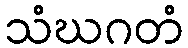
သံဃဂတံ